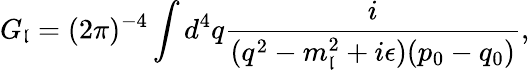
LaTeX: G_{\mathfrak{l}}=(2\pi)^{-4}\int{d^{4}q{\frac{{i}}{{(q^{2}-m_{\mathfrak{l}}^{2}+i\epsilon)(p_{0}-q_{0})}}}},